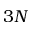
3 N